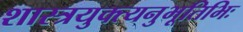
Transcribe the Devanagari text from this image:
शास्त्रयुक्त्यनुभूतिभिः